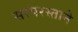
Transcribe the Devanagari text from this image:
सरपरस्ताने